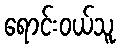
ရောင်းဝယ်သူ